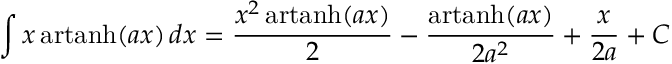
\int x \operatorname { a r t a n h } ( a x ) \, d x = { \frac { x ^ { 2 } \operatorname { a r t a n h } ( a x ) } { 2 } } - { \frac { \operatorname { a r t a n h } ( a x ) } { 2 a ^ { 2 } } } + { \frac { x } { 2 a } } + C